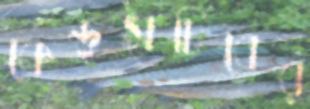
কেন্দ্রসচিবের